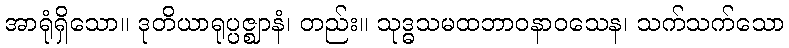
အာရုံရှိသော။ ဒုတိယာရုပ္ပဇ္ဈာနံ၊ တည်း။ သုဒ္ဓသမထဘာဝနာဝသေန၊ သက်သက်သော